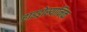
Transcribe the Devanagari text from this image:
हाइड्रोस्यानिक